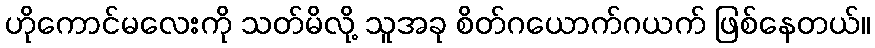
ဟိုကောင်မလေးကို သတ်မိလို့ သူအခု စိတ်ဂယောက်ဂယက် ဖြစ်နေတယ်။